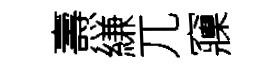
燾縑兀䆿